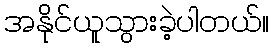
အနိုင်ယူသွားခဲ့ပါတယ်။